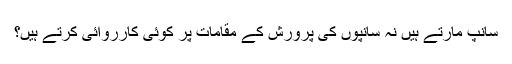
سانپ مارتے ہیں نہ سانپوں کی پرورش کے مقامات پر کوئی کارروائی کرتے ہیں؟